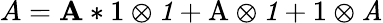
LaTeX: A=\mathbf{A}*\mathrm{1}\otimes\mathit{1}+\mathrm{A}\otimes\mathit{1}+\mathrm{1}\otimes\mathit{A}